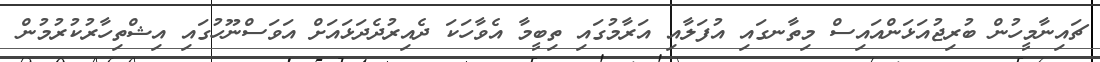
ޗައިނާމީހުން ބުރިޖުއަޅަންއައިސް މިތާނގައި އުފަލާއި އަރާމުގައި ތިބީމާ އެވާހަކަ ދެއިރުދެދަޅައަށް އަވަސްނޫހުގައި އިޝްތިހާރުކުރުމުން